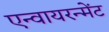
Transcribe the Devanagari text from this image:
एन्वायरन्मेंट